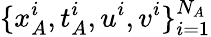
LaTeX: \{ x_{A}^{i},t_{A}^{i},u^{i},v^{i}\} _{i=1}^{N_{A}}